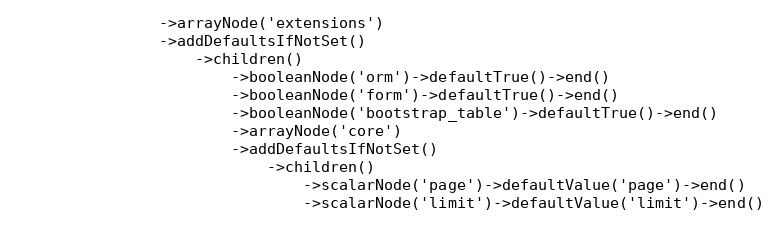
Language: PHP
                ->arrayNode('extensions')
                ->addDefaultsIfNotSet()
                    ->children()
                        ->booleanNode('orm')->defaultTrue()->end()
                        ->booleanNode('form')->defaultTrue()->end()
                        ->booleanNode('bootstrap_table')->defaultTrue()->end()
                        ->arrayNode('core')
                        ->addDefaultsIfNotSet()
                            ->children()
                                ->scalarNode('page')->defaultValue('page')->end()
                                ->scalarNode('limit')->defaultValue('limit')->end()